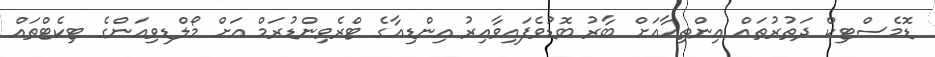
ޑޮމެސްޓިކް ދަތުރުތައް އިންތިހާއަށް ބާރު ބޮޑުވެފައިވާއިރު އިންޑިއާގެ ޓްރެވިންޑުރަމް އަށް މޯލްޑިވިއަންގެ ޓިކެޓްތައް